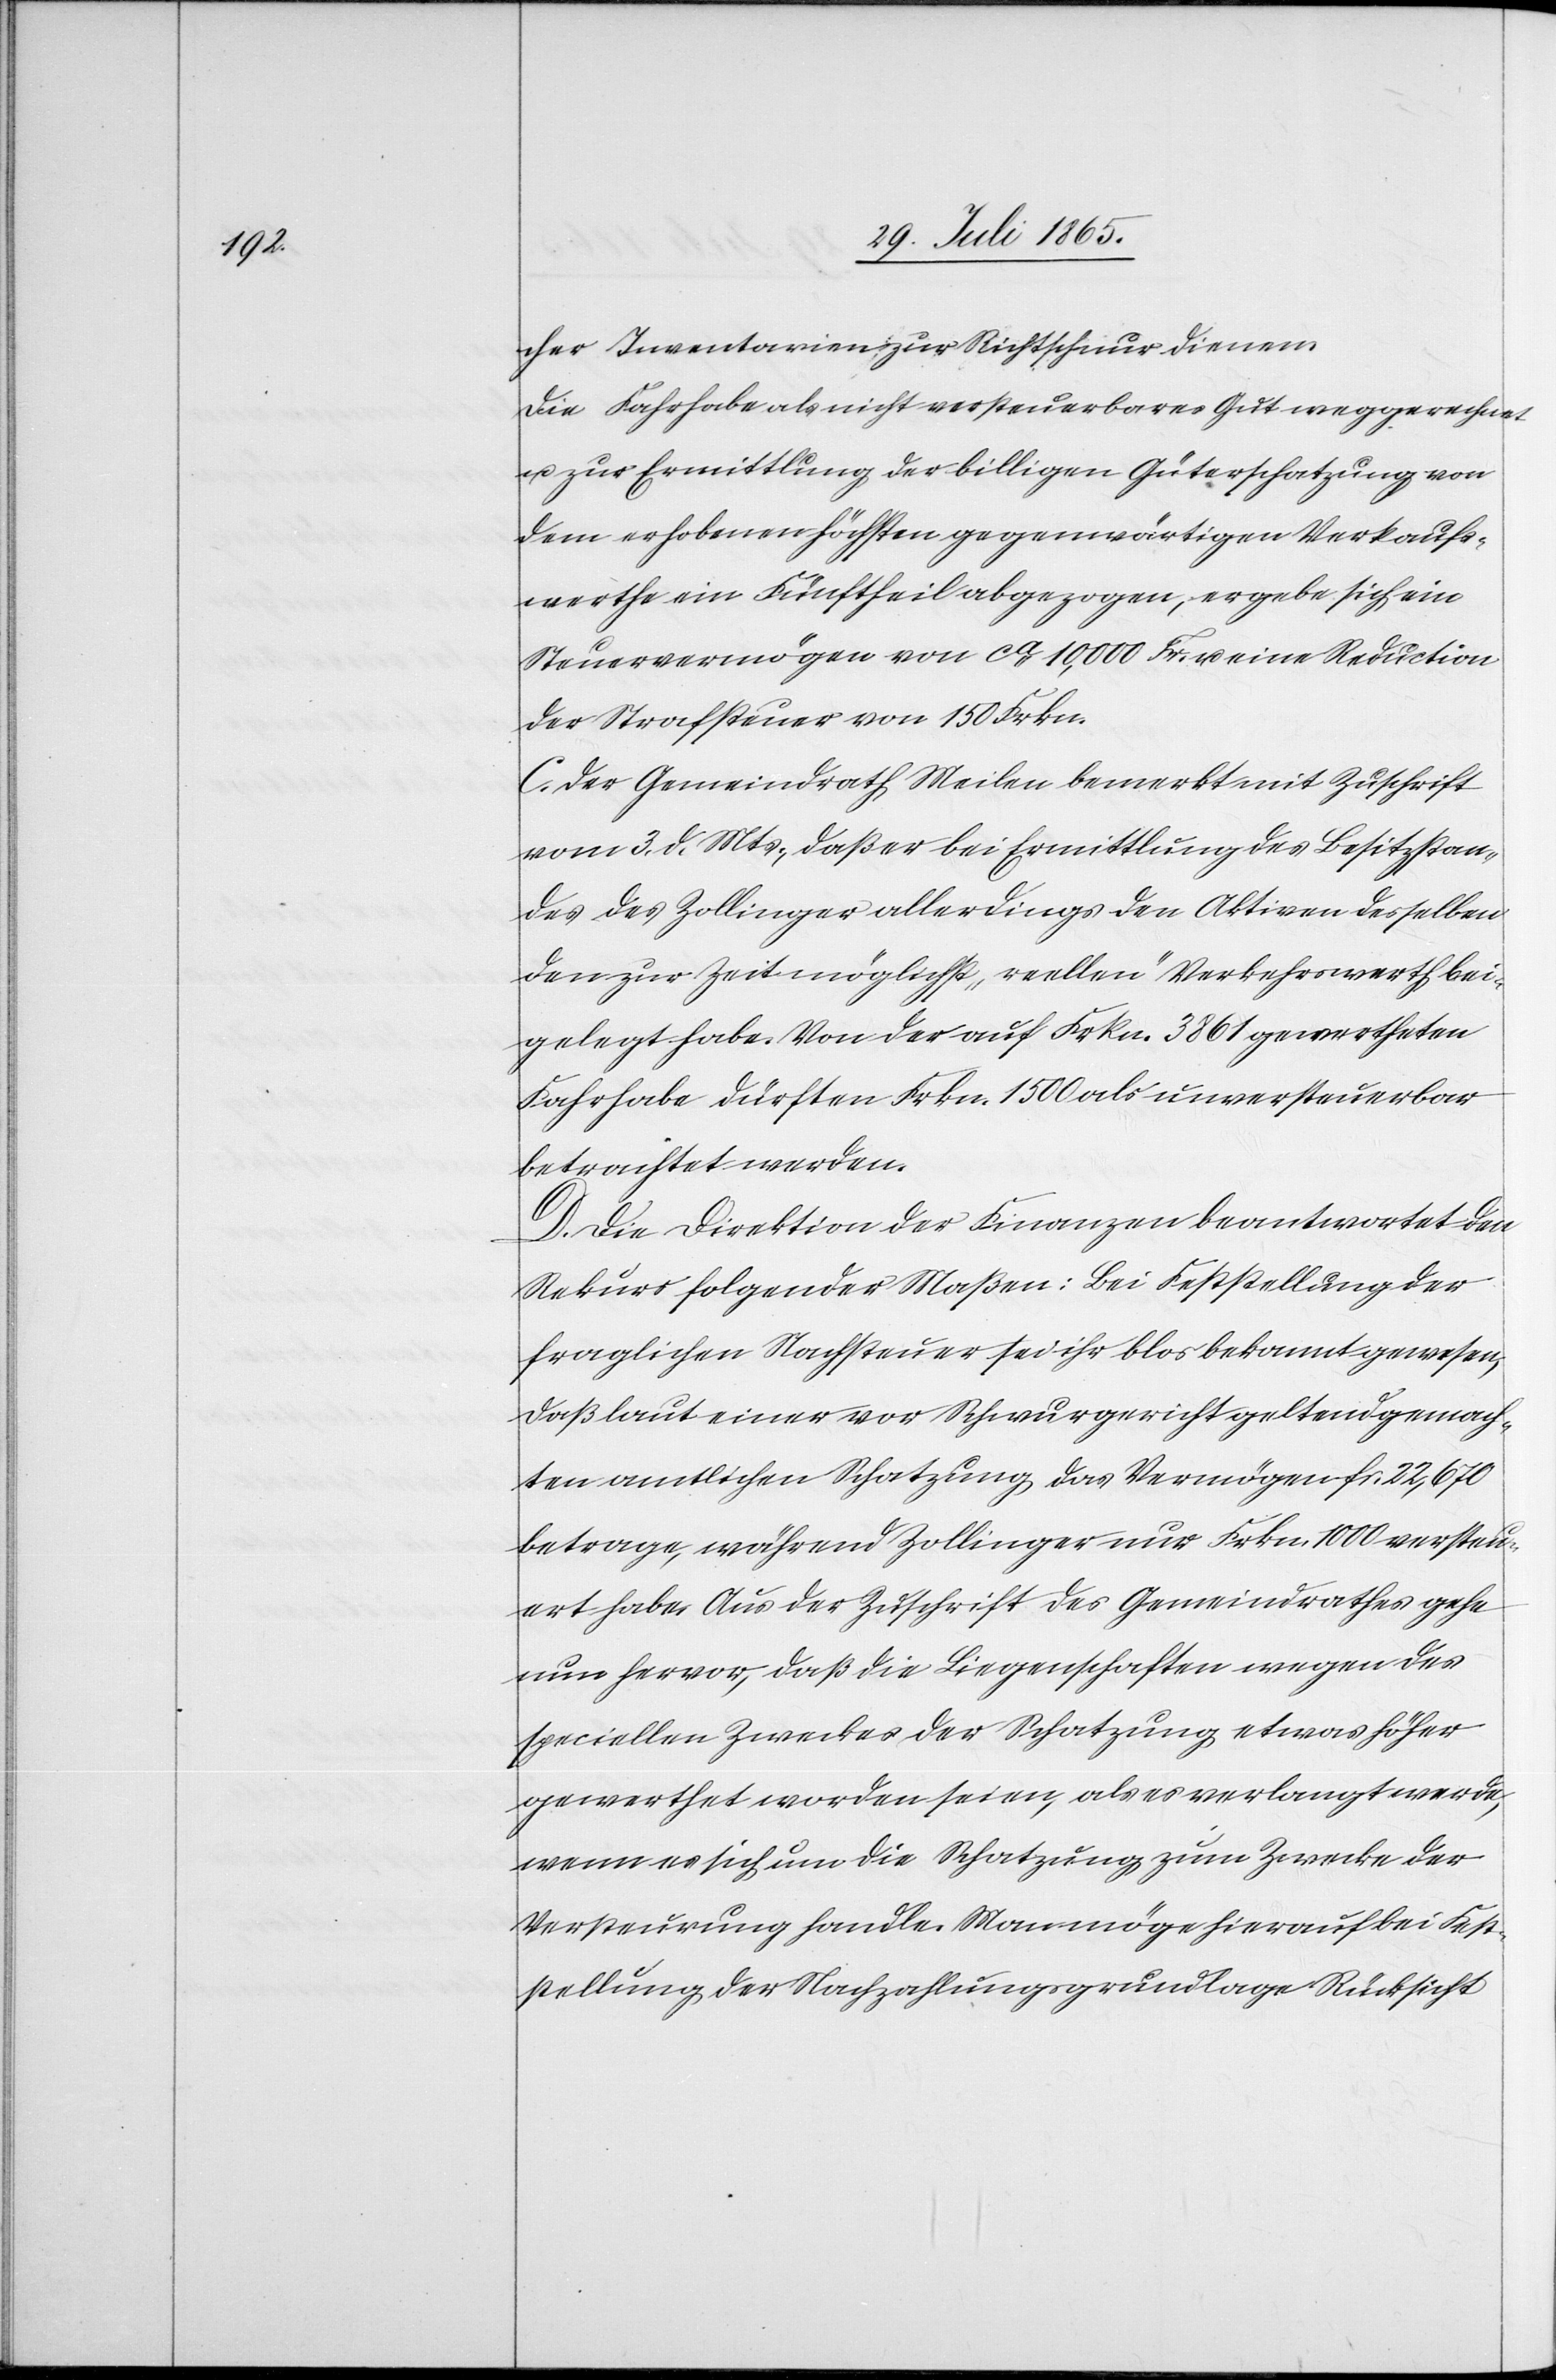
cher Inventarien zur Richtschnur dienen.
Die Fahrhabe als nicht versteuerbares Gut weggerechnet
u. zur Ermittlung der billigen Güterschatzung von
dem erhobenen höchsten gegenwärtigen Verkaufs¬
werthe ein Fünftheil abgezogen, ergebe sich ein
Steuervermögen von ca 10,000 Fr. u. eine Reduction
der Strafsteuer von 150 Frkn.
C. Der Gemeindrath Meilen bemerkt mit Zuschrift
vom 3. d. Mts., daß er bei Ermittlung des Besitzstan¬
des des Zollinger allerdings den Aktiven desselben
den zur Zeit möglichst „reellen“ Verkehrswerth bei¬
gelegt habe. Von der auf Frkn. 3861 gewertheten
Fahrhabe dürften Frkn. 1500 als unversteuerbar
betrachtet werden.
D. Die Direktion der Finanzen beantwortet den
Rekurs folgender Maßen: Bei Feststellung der
fraglichen Nachsteuer sei ihr blos bekannt gewesen,
daß laut einer vor Schwurgericht geltend gemach¬
ten amtlichen Schatzung das Vermögen fr. 22,670
betrage, während Zollinger nur Frkn. 1000 versteu¬
ert habe. Aus der Zuschrift des Gemeindrathes gehe
nun hervor, daß die Liegenschaften wegen des
speciellen Zweckes der Schatzung etwas höher
gewerthet worden seien, als es verlangt werde,
wenn er sich um die Schatzung zum Zwecke der
Versteurung handle. Man möge hierauf bei Fest¬
stellung der Nachzahlungsgrundlage Rücksicht